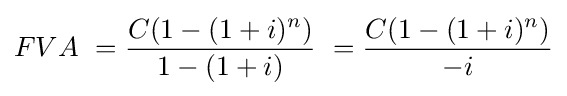
FVA\ ={\frac {C(1-(1+i)^{n})}{1-(1+i)}}\ ={\frac {C(1-(1+i)^{n})}{-i}}